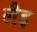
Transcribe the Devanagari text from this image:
लैइ